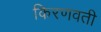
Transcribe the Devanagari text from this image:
किरणवती